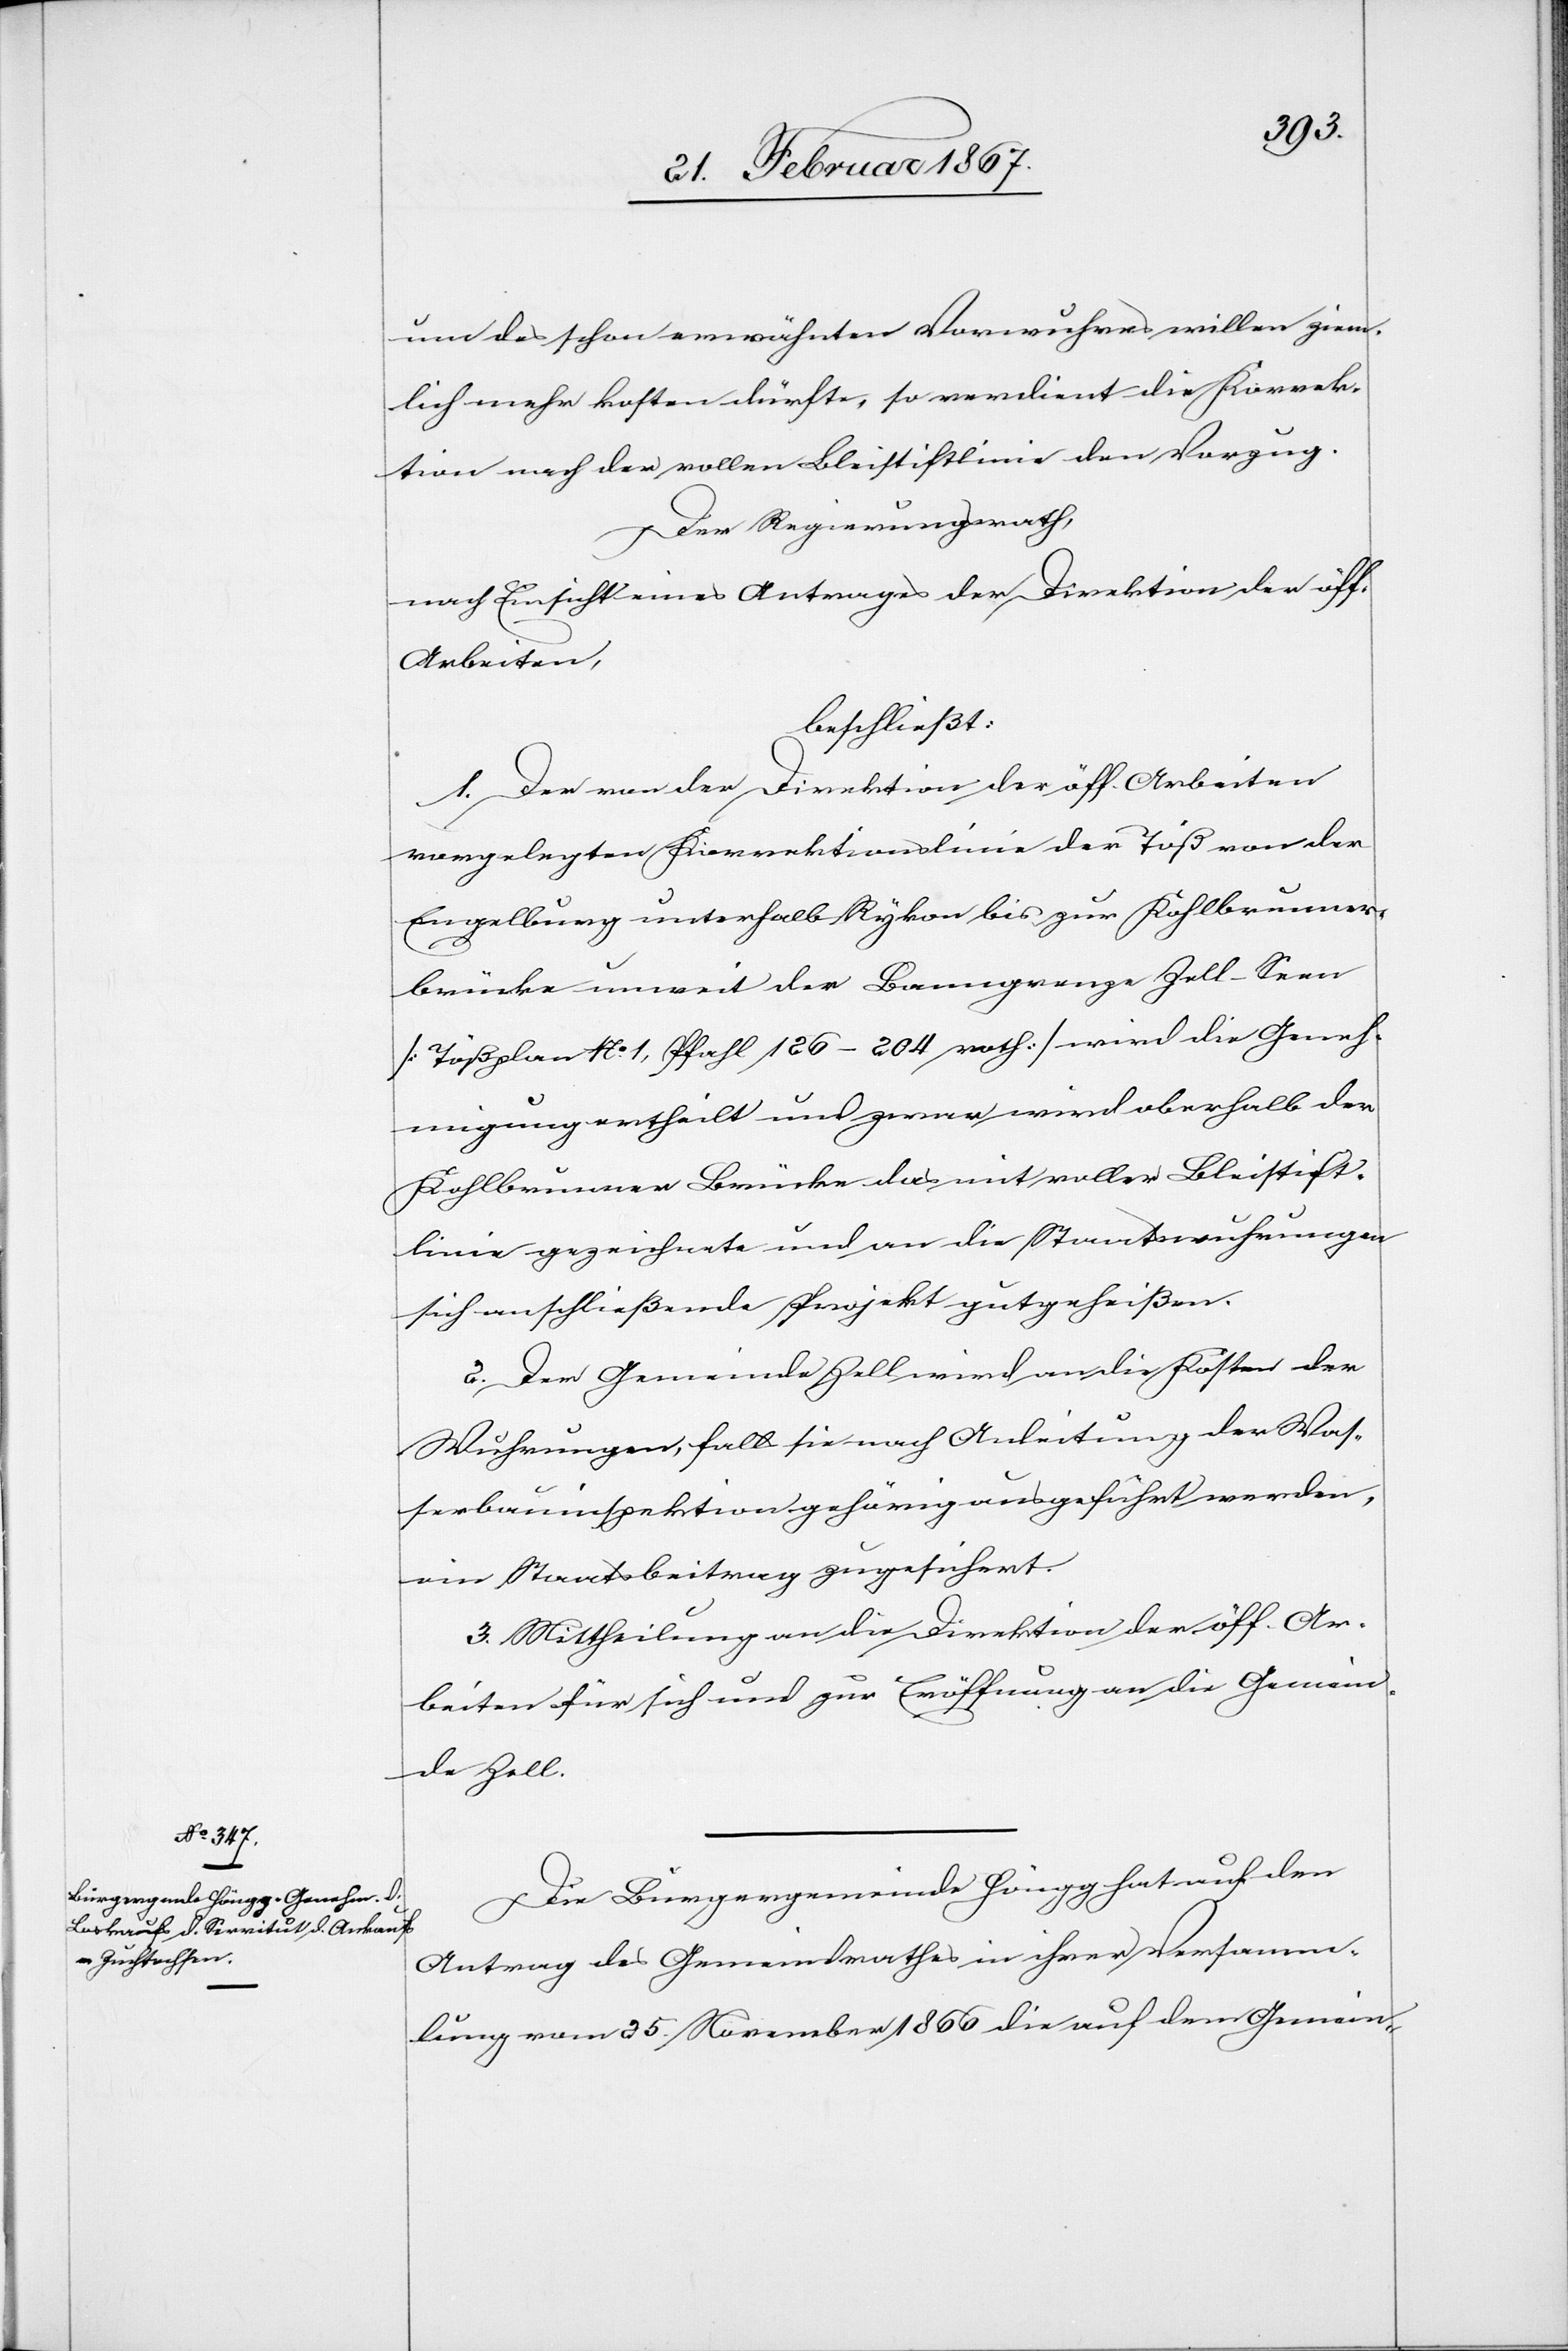
um des schon erwähnten Vorwuhres willen ziem¬
lich mehr kosten dürfte, so verdient die Korrek¬
tion nach der vollen Bleistiftlinie den Vorzug.
Der Regierungsrath,
nach Einsicht eines Antrages der Direktion der öff.
Arbeiten,
beschließt:
1. Der von der Direktion der öff. Arbeiten
vorgelegten Korrektionslinie der Töß von der
Engelburg unterhalb Rykon bis zur Kohlbrunnen¬
brücke unweit der Banngrenze Zell-Seen
[Tößplan No 1, Pfahl 126–204 roth] wird die Geneh¬
migung ertheilt und zwar wird oberhalb der
Kohlbrunner Brücke das mit voller Bleistift¬
linie gezeichnete und an die Staatswuhrungen
sich anschließende Projekt gutgeheißen.
2. Der Gemeinde Zell wird an die Kosten der
Wuhrungen, falls sie nach Anleitung der Was¬
serbauinspektion gehörig ausgeführt werden,
ein Staatsbeitrag zugesichert.
3. Mittheilung an die Direktion der öff. Ar¬
beiten für sich und zur Eröffnung an die Gemein¬
de Zell.
Die Bürgergemeinde Höngg hat auf den
Antrag des Gemeindrathes in ihrer Versamm¬
lung vom 25. November 1866 die auf dem Gemein-